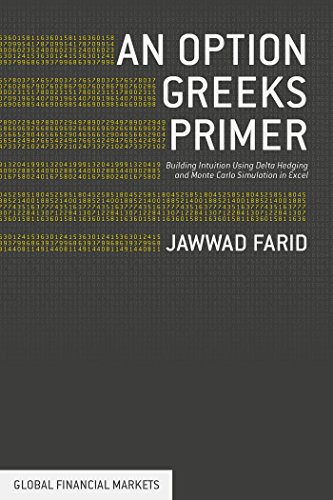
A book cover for An Option Greeks Primer: Building Intuition with Delta Hedging and Monte Carlo Simulation using Excel (Global Financial Markets); Jawwad Farid; Business & Money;